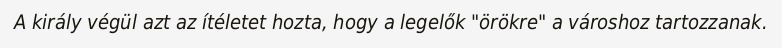
A király végül azt az ítéletet hozta, hogy a legelők "örökre" a városhoz tartozzanak.